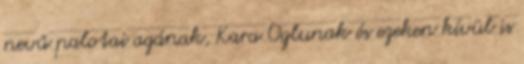
nevű palotai agának, Kara Oglunak és ezeken kívül is